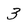
Character: 3